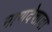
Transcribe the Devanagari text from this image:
माणदेशाचा